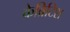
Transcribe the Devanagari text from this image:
केब्रिटिश